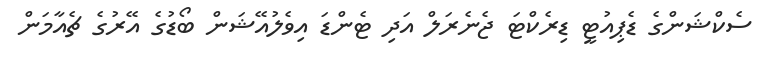
ސެކްޝަންގެ ޑެޕިއުޓީ ޑިރެކްޓަ ޖެނެރަލް އަދި ޓެންޑަ އިވެލުއޭޝަން ބޯޑުގެ އޭރުގެ ޗެއާމަން